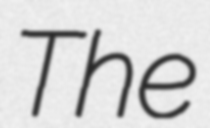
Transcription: The